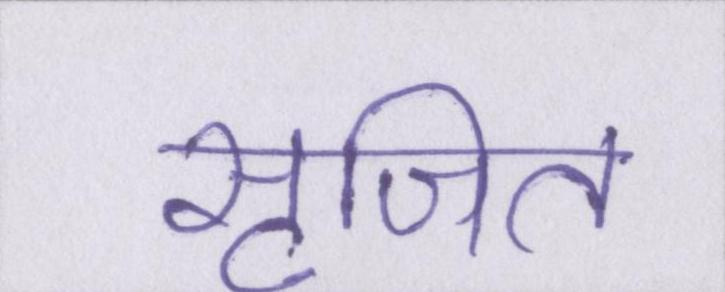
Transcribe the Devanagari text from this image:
सृजित